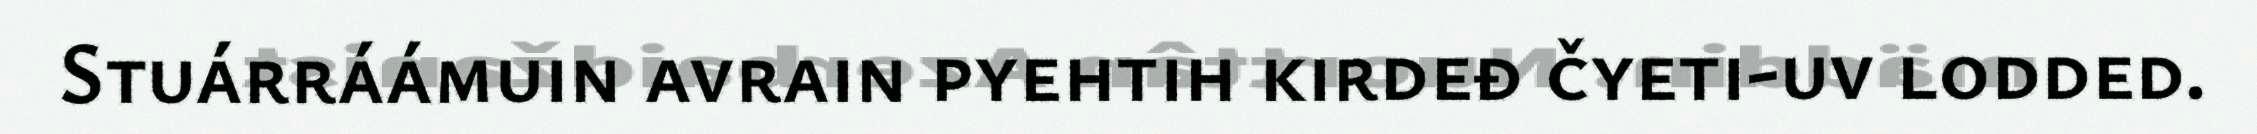
Stuárráámuin avrain pyehtih kirdeđ čyeti-uv lodded.